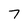
Character: 7